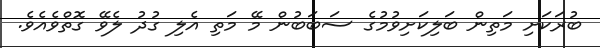
ބުރަކަށި މަތިން ބަލިކަށިވުމުގެ ސަބަބުން މޭ މަތި އެލި ގުދު ލެވޭ ގޮތްވެއެވެ.